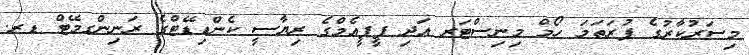
މިސަރުކާރުގެ ފުރަތަމަ ހޯމް މިނިސްޓަރ އަދި ޕީޕީއެމްގެ ރިޔާސީ ކެންޑިޑޭޓްގެ ރަނިންގމޭޓް ޑރ.